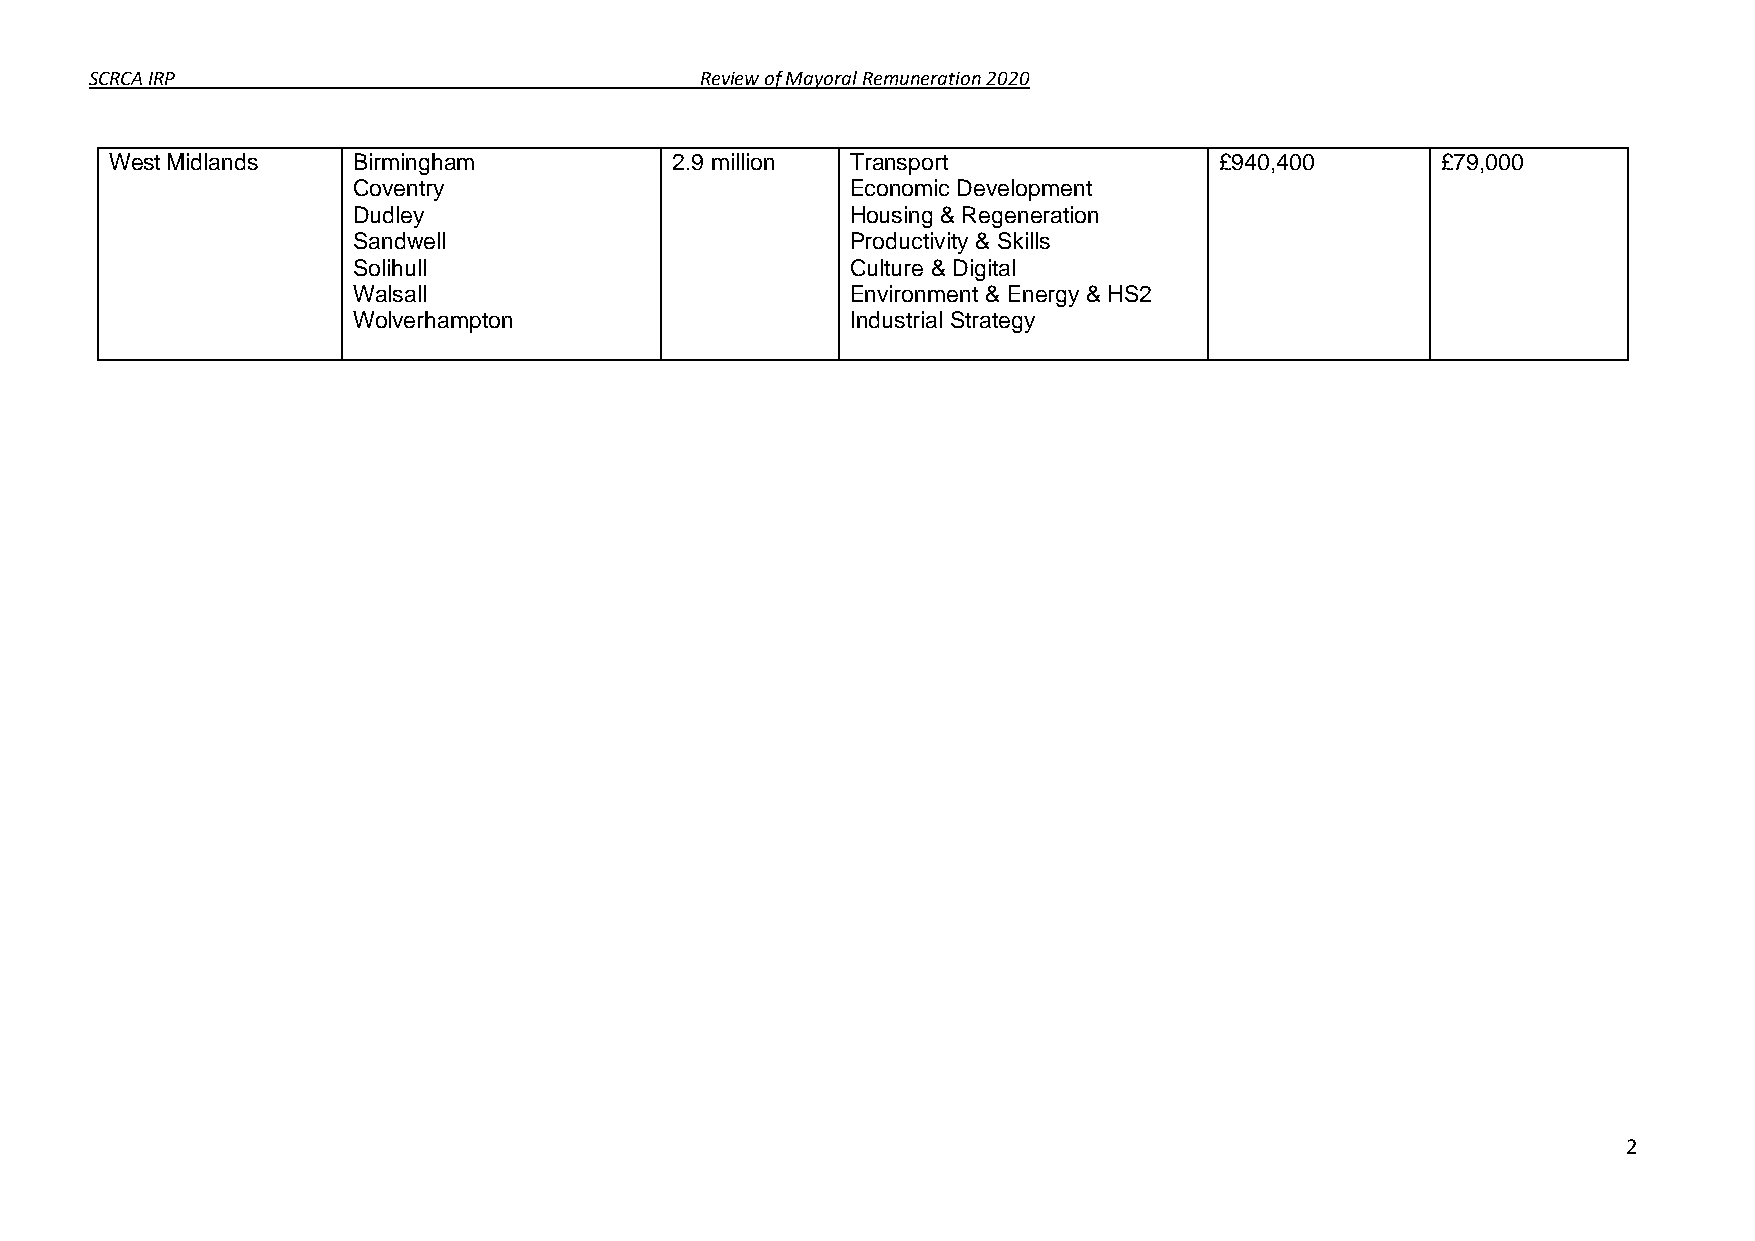
SCRCA IRP                               Review of Mayoral Remuneration 2020
 West Midlands   Birmingham           2.9 million Transport                £940,400      £79,000
 Coventry                         Economic Development
 Dudley                           Housing & Regeneration
 Sandwell                         Productivity & Skills
 Solihull                         Culture & Digital
 Walsall                          Environment & Energy & HS2
 Wolverhampton                    Industrial Strategy
 2